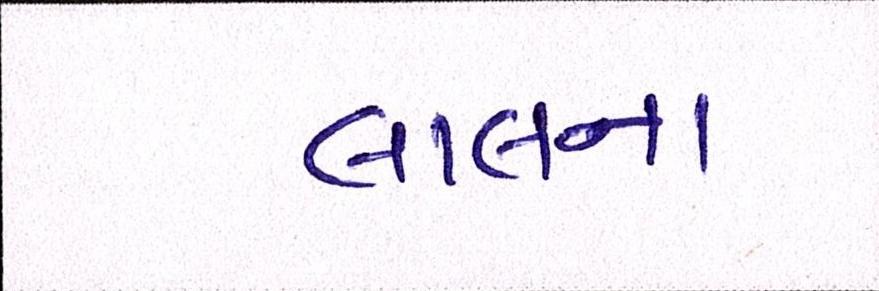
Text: લાલના